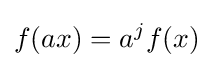
f(ax)=a^{j}f(x)